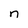
Character: n